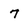
Character: 7